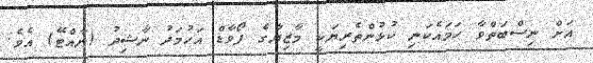
އަށް ނިސްބަތްވާ ހަމައެކަނި ކުޅުންތެރިޔަކީ މާޒިޔާގެ ފޯވާޑް އަހުމަދު ނާޝިދު (ނާއްޓޭ) އެވެ.